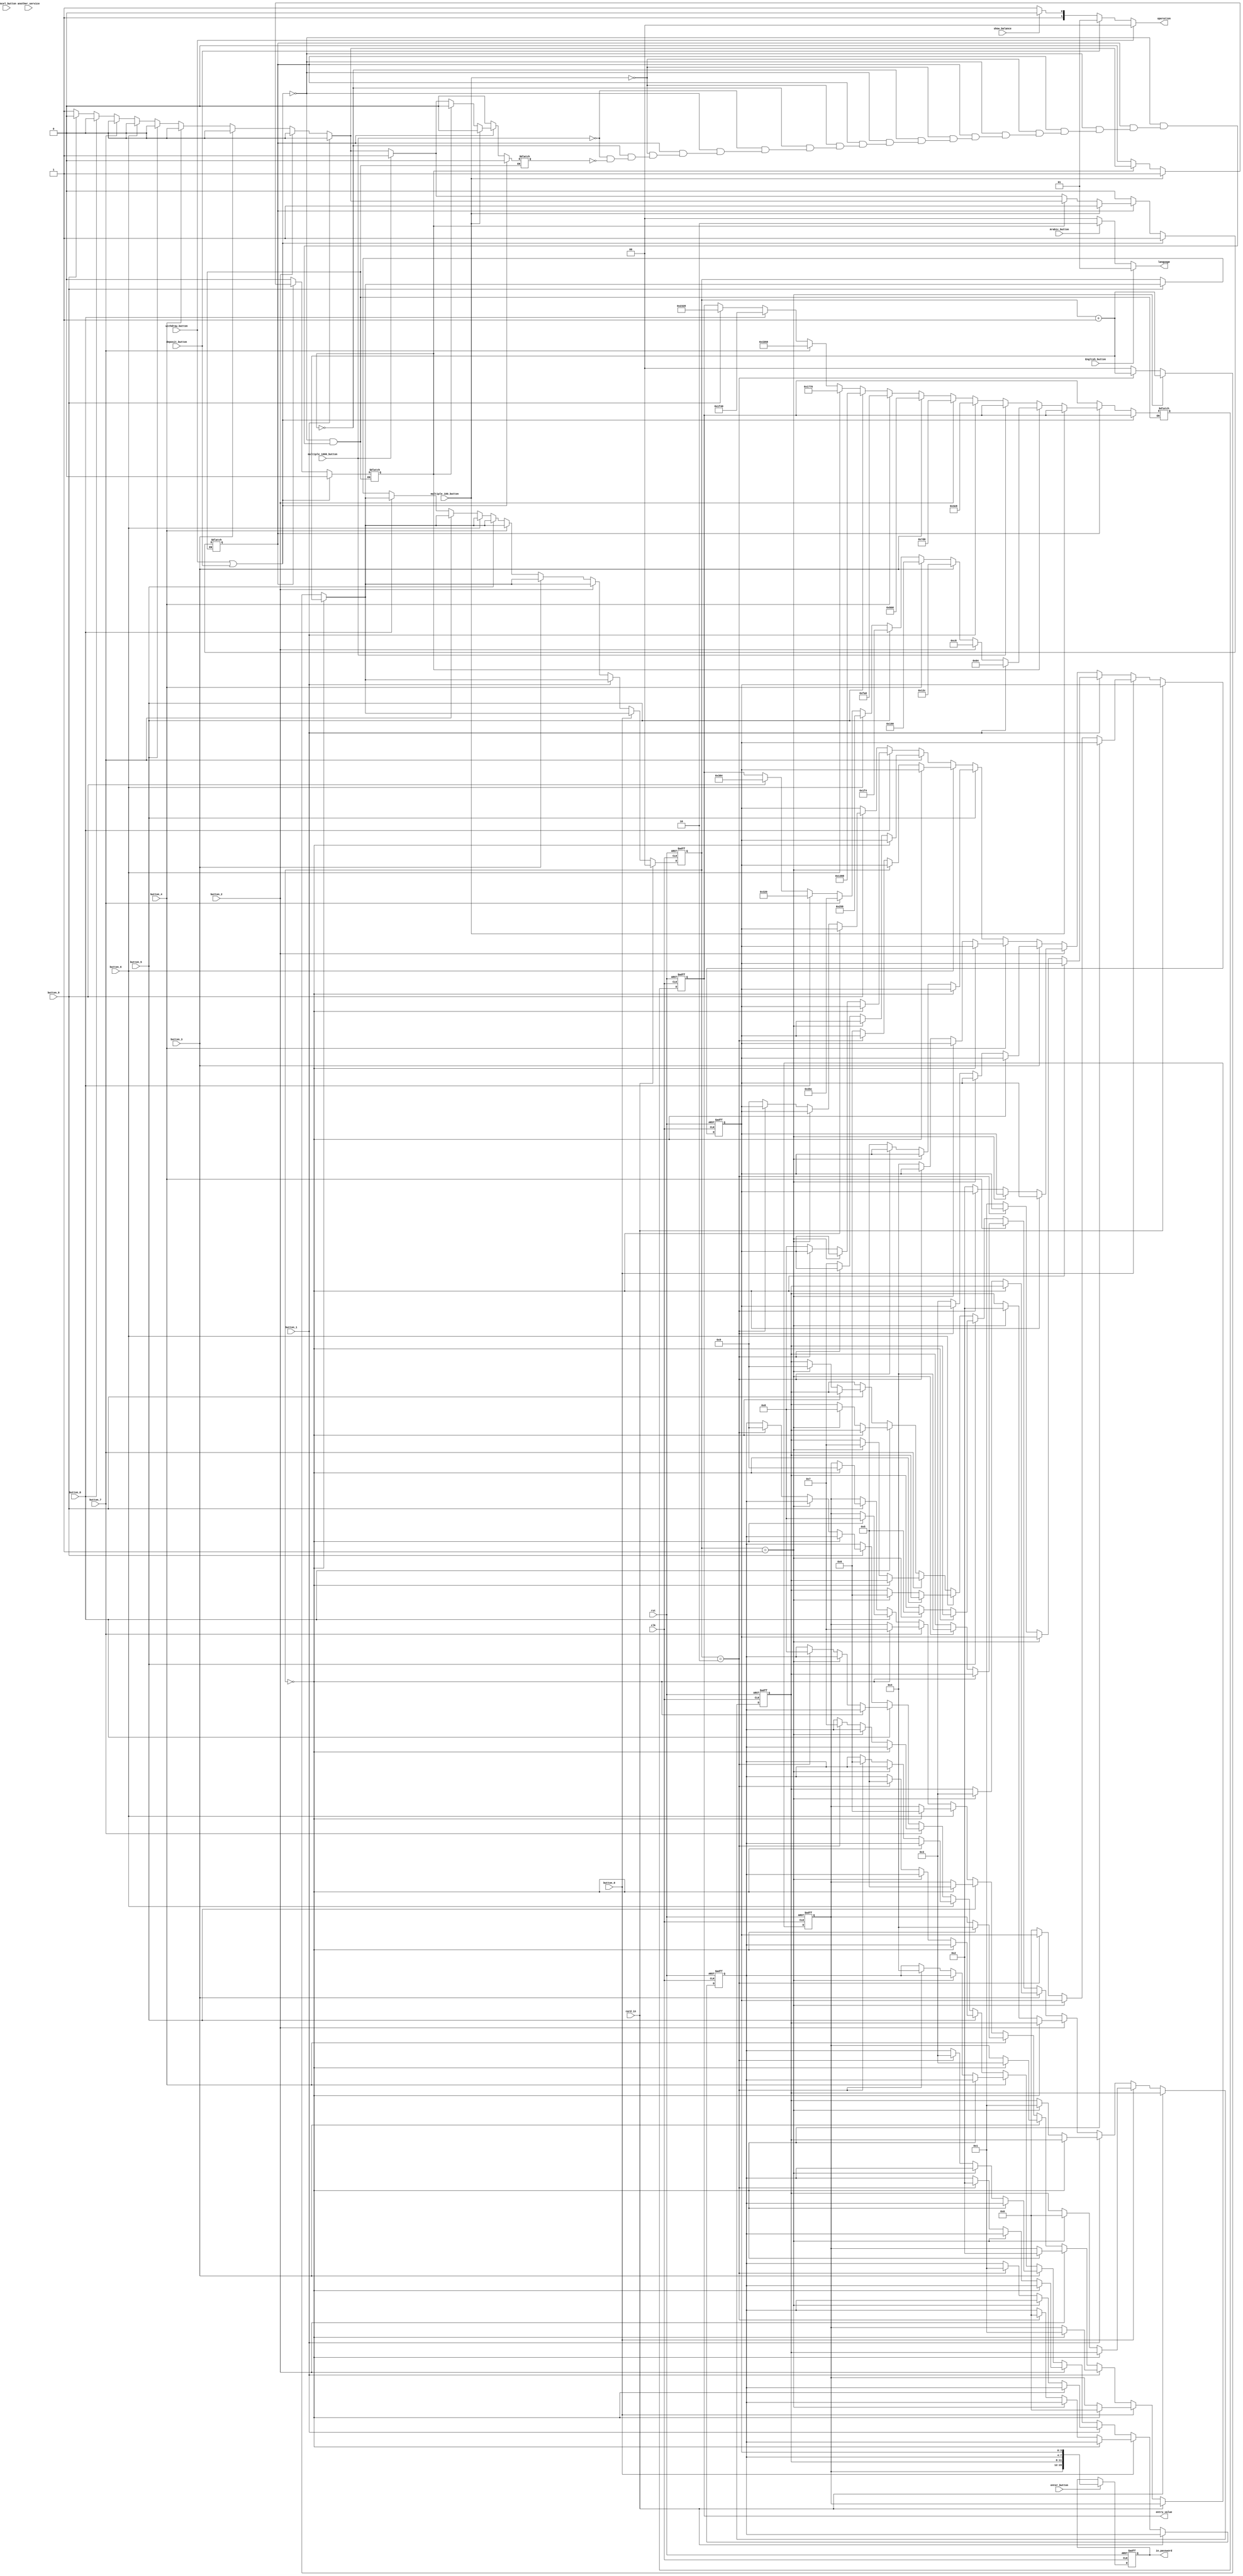
module user_interface #(parameter  	P_WIDTH = 16,
                            		B_WIDTH = 20 )
(
    input wire                      clk,
    input wire                      rst,

	input wire                      card_in,

    input wire                      button_0,
    input wire                      button_1,
    input wire                      button_2,
    input wire                      button_3,
    input wire                      button_4,
    input wire                      button_5,
    input wire                      button_6,
    input wire                      button_7,
    input wire                      button_8,
    input wire                      button_9,

    input wire                      enter_button,
    input wire                      cancel_button,
    // input wire                      correct_button,

	// input wire                      touch_100_button,
    // input wire                      touch_300_button,
    // input wire                      touch_500_button,
	// input wire                      touch_700_button,
    // input wire                      touch_1000_button,
	input wire                      multiple_100_button,
    input wire                      multiple_1000_button,

    input wire                      withdraw_button,
    input wire                      deposit_button,
    input wire                      show_balance,

    input wire                      another_service,

    input wire                      English_button,
    input wire                      Arabic_button,


   /*  output reg     [B_WIDTH-1:0]    withdraw_value, //written by user 
    output reg     [B_WIDTH-1:0]    deposit_value, //written by user */ 
	output reg     [B_WIDTH-1:0]    entry_value, //written by user 

    output reg     [P_WIDTH-1:0]    in_password, //written by user 
	output reg     [1:0]            operation,

	output reg     [1:0]	        language

);


reg  [1:0]  count = 2'd0 ; 

reg  [3:0]  temp1, temp2, temp3, temp4 ;

reg     [P_WIDTH-1:0]    in_password_temp;

/* reg     [B_WIDTH-1:0]    withdraw_value_temp;
reg     [B_WIDTH-1:0]    deposit_value_temp; */
reg     [B_WIDTH-1:0]    entry_value_temp;


reg                 withdraw_hold, withdraw_100_hold, withdraw_1000_hold ;

//reg                 write_pass_hold ;

// withdraw --> 00
// deposit  --> 01
// balance  --> 10

always @(posedge clk or negedge rst) 
begin
	if(!rst)
	begin
		in_password     <= 'b0;
		entry_value  <= 'b0;
		//deposit_value   <= 'b0;
		
	end
	else
	begin
		in_password     <= in_password_temp ;
		entry_value     <= entry_value_temp ;
		//deposit_value   <= deposit_value_temp ;
		
	end
end


always @(*) 
begin
	if(withdraw_button || deposit_button)
	begin
		entry_value_temp = entry_value ;
		//deposit_value_temp  = deposit_value ;
		withdraw_hold       = 1'b1; 
		withdraw_100_hold   = 1'b0;
		withdraw_1000_hold  = 1'b0;
	end
	else if(withdraw_hold)
	begin
		// if(touch_100_button)
		// begin
		// 	entry_value_temp = 'd100;
		// 	//deposit_value_temp  = 'd100;
		// 	withdraw_hold       = 1'b0; 
		// 	withdraw_100_hold   = 1'b0;
		// 	withdraw_1000_hold  = 1'b0;
		// end
		// else if(touch_300_button)
		// begin
		// 	entry_value_temp = 'd300;
		// 	//deposit_value_temp  = 'd300;
		// 	withdraw_hold  		= 1'b0; 
		// 	withdraw_100_hold   = 1'b0;
		// 	withdraw_1000_hold  = 1'b0;
		// end
		// else if(touch_500_button)
		// begin
		// 	entry_value_temp = 'd500;
		// 	//deposit_value_temp  = 'd500;
		// 	withdraw_hold  		= 1'b0; 
		// 	withdraw_100_hold   = 1'b0;
		// 	withdraw_1000_hold  = 1'b0;
		// end
		// else if(touch_700_button)
		// begin
		// 	entry_value_temp = 'd700;
		// 	//deposit_value_temp  = 'd700;
		// 	withdraw_hold  		= 1'b0; 
		// 	withdraw_100_hold   = 1'b0;
		// 	withdraw_1000_hold  = 1'b0;
		// end
		// else if(touch_1000_button)
		// begin
		// 	entry_value_temp = 'd1000;
		// 	//deposit_value_temp  = 'd1000;
		// 	withdraw_hold  		= 1'b0; 
		// 	withdraw_100_hold   = 1'b0;
		// 	withdraw_1000_hold  = 1'b0;
		// end
		/*else*/ if(multiple_100_button)
		begin
			entry_value_temp = entry_value ;
			//deposit_value_temp  = deposit_value ;
			withdraw_100_hold   = 1'b1;
			withdraw_hold       = 1'b1;
			withdraw_1000_hold  = 1'b0;
		end
		else if(withdraw_100_hold)
		begin
			if(button_1)
			begin
				entry_value_temp = 'd100;
				//deposit_value_temp  = 'd100;
				withdraw_100_hold   = 1'b0;
				withdraw_hold       = 1'b0;
				withdraw_1000_hold  = 1'b0;
			end
			else if(button_2)
			begin
				entry_value_temp = 'd200 ;
				//deposit_value_temp  = 'd200;
				withdraw_100_hold   = 1'b0;
				withdraw_hold       = 1'b0;
				withdraw_1000_hold  = 1'b0;
			end
			else if(button_3)
			begin
				entry_value_temp = 'd300 ;
				//deposit_value_temp  = 'd300;
				withdraw_100_hold   = 1'b0;
				withdraw_hold       = 1'b0;
				withdraw_1000_hold  = 1'b0;
			end
			else if(button_4)
			begin
				entry_value_temp = 'd400 ;
				//deposit_value_temp  = 'd400;
				withdraw_100_hold   = 1'b0;
				withdraw_hold       = 1'b0;
				withdraw_1000_hold  = 1'b0;
			end
			else if(button_5)
			begin
				entry_value_temp      = 'd500 ;
				//deposit_value_temp  = 'd500;
				withdraw_100_hold   = 1'b0;
				withdraw_hold       = 1'b0;
				withdraw_1000_hold  = 1'b0;
			end
			else if(button_6)
			begin
				entry_value_temp      = 'd600 ;
				//deposit_value_temp  = 'd600;
				withdraw_100_hold   = 1'b0;
				withdraw_hold       = 1'b0;
				withdraw_1000_hold  = 1'b0;
			end
			else if(button_7)
			begin
				entry_value_temp      = 'd700 ;
				//deposit_value_temp  = 'd700;
				withdraw_100_hold   = 1'b0;
				withdraw_hold       = 1'b0;
				withdraw_1000_hold  = 1'b0;
			end
			else if(button_8)
			begin
				entry_value_temp      = 'd800 ;
				//deposit_value_temp  = 'd800;
				withdraw_100_hold   = 1'b0;
				withdraw_hold       = 1'b0;
				withdraw_1000_hold  = 1'b0;
			end
			else if(button_9)
			begin
				entry_value_temp      = 'd900 ;
				//deposit_value_temp  = 'd800;
				withdraw_100_hold   = 1'b0;
				withdraw_hold       = 1'b0;
				withdraw_1000_hold  = 1'b0;
			end
			else
			begin
				entry_value_temp = entry_value ;
				//deposit_value_temp  = deposit_value;
				withdraw_100_hold   = 1'b1;
				withdraw_hold       = 1'b1;
				withdraw_1000_hold  = 1'b0;
			end
		end
		else if(multiple_1000_button)
		begin
			entry_value_temp = entry_value ;
			//deposit_value_temp  = deposit_value;
			withdraw_hold      = 1'b1;
			withdraw_100_hold  = 1'b0;
			withdraw_1000_hold = 1'b1;
		end
		else if(withdraw_1000_hold)
		begin
			if(button_1)
			begin
				entry_value_temp = 'd1000 ;
				//deposit_value_temp  = 'd1000;
				withdraw_hold      = 1'b0;
				withdraw_100_hold  = 1'b0;
				withdraw_1000_hold = 1'b0;
			end
			else if(button_2)
			begin
				entry_value_temp = 'd2000 ;
				//deposit_value_temp  = 'd2000;
				withdraw_hold      = 1'b0;
				withdraw_100_hold  = 1'b0;
				withdraw_1000_hold = 1'b0;
			end
			else if(button_3)
			begin
				entry_value_temp = 'd3000 ;
				//deposit_value_temp  = 'd3000;
				withdraw_hold      = 1'b0;
				withdraw_100_hold  = 1'b0;
				withdraw_1000_hold = 1'b0;
			end
			else if(button_4)
			begin
				entry_value_temp = 'd4000 ;
				//deposit_value_temp  = 'd4000;
				withdraw_hold      = 1'b0;
				withdraw_100_hold  = 1'b0;
				withdraw_1000_hold = 1'b0;
			end
			else if(button_5)
			begin
				entry_value_temp = 'd5000 ;
				//deposit_value_temp  = 'd5000;
				withdraw_hold      = 1'b0;
				withdraw_100_hold  = 1'b0;
				withdraw_1000_hold = 1'b0;
			end
			else if(button_6)
			begin
				entry_value_temp = 'd6000 ;
				//deposit_value_temp  = 'd6000;
				withdraw_hold      = 1'b0;
				withdraw_100_hold  = 1'b0;
				withdraw_1000_hold = 1'b0;
			end
			else if(button_7)
			begin
				entry_value_temp = 'd7000 ;
				//deposit_value_temp  = 'd7000;
				withdraw_hold      = 1'b0;
				withdraw_100_hold  = 1'b0;
				withdraw_1000_hold = 1'b0;
			end
			else if(button_8)
			begin
				entry_value_temp = 'd8000 ;
				//deposit_value_temp  = 'd8000;
				withdraw_hold      = 1'b0;
				withdraw_100_hold  = 1'b0;
				withdraw_1000_hold = 1'b0;
			end
			else if(button_9)
			begin
				entry_value_temp = 'd9000 ;
				//deposit_value_temp  = 'd9000;
				withdraw_hold      = 1'b0;
				withdraw_100_hold  = 1'b0;
				withdraw_1000_hold = 1'b0;
			end
			else
			begin
				entry_value_temp = entry_value ;
				//deposit_value_temp  = deposit_value;
				withdraw_hold      = 1'b1;
				withdraw_100_hold  = 1'b0;
				withdraw_1000_hold = 1'b1;
			end
		end 
	end
	else
	begin
		entry_value_temp = entry_value ;
		//deposit_value_temp  = deposit_value;
		withdraw_hold      = 1'b0;
		withdraw_100_hold  = 1'b0;
		withdraw_1000_hold = 1'b0;
	end
end



always @(*) 
begin
	if(withdraw_button)
	begin
		operation = 2'b00 ;
	end
	else if(deposit_button)
	begin
		operation = 2'b01 ;
	end
	else if(show_balance)
	begin
		operation = 2'b10 ;
	end
	else
	begin
		operation = 2'b11 ; //default value
	end
end



always @(posedge clk or negedge rst) 
begin
    if(!rst)
    begin
        count <= 'b0;
		temp1 <= 'd0;
		temp2 <= 'd0;
		temp3 <= 'd0;
		temp4 <= 'd0;
    end
    else if(card_in)
	begin
		count <= 'b0 ;
	end
	else
    begin
        if(button_0)
        begin
		  if(count == 'd0)
		  begin
		   temp1 <= 'd0;
		   count <= count + 1'b1 ;
		  end
		  else if(count == 'd1)
		  begin
		   temp2 <= 'd0;
		   count <= count + 1'b1 ;
		  end
		  else if(count == 'd2)
		  begin
		   temp3 <= 'd0;
		   count <= count + 1'b1 ;
		  end
		  else
		  begin
		   temp4 <= 'd0;
		   count <= 1'b0 ;
		  end
            
        end
        else if (button_1) 
        begin
		  if(count == 'd0)
		  begin
		   temp1 <= 'd1;
		   count <= count + 1'b1 ;
		  end
		  else if(count == 'd1)
		  begin
		   temp2 <= 'd1;
		   count <= count + 1'b1 ;
		  end
		  
		  else if(count == 'd2)
		  begin
		   temp3 <= 'd1;
		   count <= count + 1'b1 ;
		  end
		  
		  else
		  begin
		   temp4 <= 'd1;
		   count <= 1'b0 ;
		  end
            
        end
        else if (button_2) 
        begin
		
		 if(count == 'd0)
		  begin
		   temp1 <= 'd2;
		   count <= count + 1'b1 ;
		  end
		  else if(count == 'd1)
		  begin
		   temp2 <= 'd2;
		   count <= count + 1'b1 ;
		  end
		  
		  else if(count == 'd2)
		  begin
		   temp3 <= 'd2;
		   count <= count + 1'b1 ;
		  end
		  
		  else
		  begin
		   temp4 <= 'd2;
		   count <= 1'b0 ;
		  end
            
        end
        else if (button_3) 
        begin
		 if(count == 'd0)
		  begin
		   temp1 <= 'd3;
		   count <= count + 1'b1 ;
		  end
		  else if(count == 'd1)
		  begin
		   temp2 <= 'd3;
		   count <= count + 1'b1 ;
		  end
		  
		  else if(count == 'd2)
		  begin
		   temp3 <= 'd3;
		   count <= count + 1'b1 ;
		  end
		  
		  else
		  begin
		   temp4 <= 'd3;
		   count <= 1'b0 ;
		  end
            
        end
        else if (button_4) 
        begin
		
		  if(count == 'd0)
		  begin
		   temp1 <= 'd4;
		   count <= count + 1'b1 ;
		  end
		  else if(count == 'd1)
		  begin
		   temp2 <= 'd4;
		   count <= count + 1'b1 ;
		  end
		  else if(count == 'd2)
		  begin
		   temp3 <= 'd4;
		   count <= count + 1'b1 ;
		  end
		  else
		  begin
		   temp4 <= 'd4;
		   count <= 1'b0 ;
		  end
            
        end
        else if (button_5) 
        begin
           if(count == 'd0)
		  begin
		   temp1 <= 'd5;
		   count <= count + 1'b1 ;
		  end
		  else if(count == 'd1)
		  begin
		   temp2 <= 'd5;
		   count <= count + 1'b1 ;
		  end
		  else if(count == 'd2)
		  begin
		   temp3 <= 'd5;
		   count <= count + 1'b1 ;
		  end
		  else
		  begin
		   temp4 <= 'd5;
		   count <= 1'b0 ;
		  end 
        end
        else if (button_6) 
        begin
		 if(count == 'd0)
		  begin
		   temp1 <= 'd6;
		   count <= count + 1'b1 ;
		  end
		  else if(count == 'd1)
		  begin
		   temp2 <= 'd6;
		   count <= count + 1'b1 ;
		  end
		  else if(count == 'd2)
		  begin
		   temp3 <= 'd6;
		   count <= count + 1'b1 ;
		  end
		  else
		  begin
		   temp4 <= 'd6;
		   count <= 1'b0 ;
		  end 
            
        end
        else if (button_7) 
        begin
            if(count == 'd0)
		  begin
		   temp1 <= 'd7;
		   count <= count + 1'b1 ;
		  end
		  else if(count == 'd1)
		  begin
		   temp2 <= 'd7;
		   count <= count + 1'b1 ;
		  end
		  else if(count == 'd2)
		  begin
		   temp3 <= 'd7;
		   count <= count + 1'b1 ;
		  end
		  else
		  begin
		   temp4 <= 'd7;
		   count <= 1'b0 ;
		  end 
        end
        else if (button_8) 
        begin
            if(count == 'd0)
		  begin
		   temp1 <= 'd8;
		   count <= count + 1'b1 ;
		  end
		  else if(count == 'd1)
		  begin
		   temp2 <= 'd8;
		   count <= count + 1'b1 ;
		  end
		  else if(count == 'd2)
		  begin
		   temp3 <= 'd8;
		   count <= count + 1'b1 ;
		  end
		  else
		  begin
		   temp4 <= 'd8;
		   count <= 1'b0 ;
		  end 
        end
        else if (button_9) 
        begin
            if(count == 'd0)
		  begin
		   temp1 <= 'd9;
		   count <= count + 1'b1 ;
		  end
		  else if(count == 'd1)
		  begin
		   temp2 <= 'd9;
		   count <= count + 1'b1 ;
		  end
		  else if(count == 'd2)
		  begin
		   temp3 <= 'd9;
		   count <= count + 1'b1 ;
		  end
		  else
		  begin
		   temp4 <= 'd9;
		   count <= 1'b0 ;
		  end 
        end
    end
end


always @(*) begin
    if(enter_button ) 
	begin
		in_password_temp = {temp1, temp2, temp3, temp4} ;
		
	end
	else
	begin
		in_password_temp = in_password ;
		
	end
end

always @(*) 
begin
	if(English_button)
	begin
		language = 2'b01;
	end	
	else if(Arabic_button)
	begin
		language = 2'b10;
	end
	else
	begin
		language = 2'b00;  // default value
	end
end

endmodule